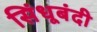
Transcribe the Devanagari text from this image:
सिंधूबंदी